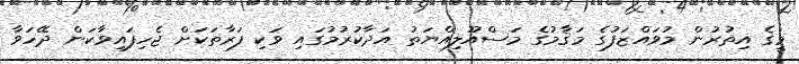
މީގެ އިތުރުން މުވައްޒަފުގެ މަޤާމުގެ މަސްއޫލިއްޔަތު އަދާކުރުމުގައި ވަކި ފަރާތަކަށް ޖެހިފައިވާކަން ދޭހަވާ